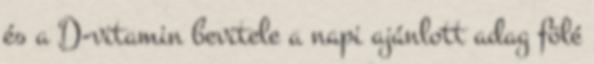
és a D-vitamin bevitele a napi ajánlott adag fölé